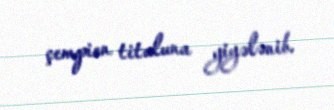
çempion tituluna yiyələnib.